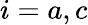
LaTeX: i=a,c